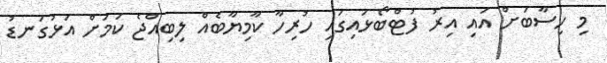
މި ހިސާބަށް އައި އިރު ފުޓްބޯޅައިގައި ހުރިހާ ކާމިޔާބެއް ލިބިއްޖެ ކަމަށް އަޅުގަނޑު